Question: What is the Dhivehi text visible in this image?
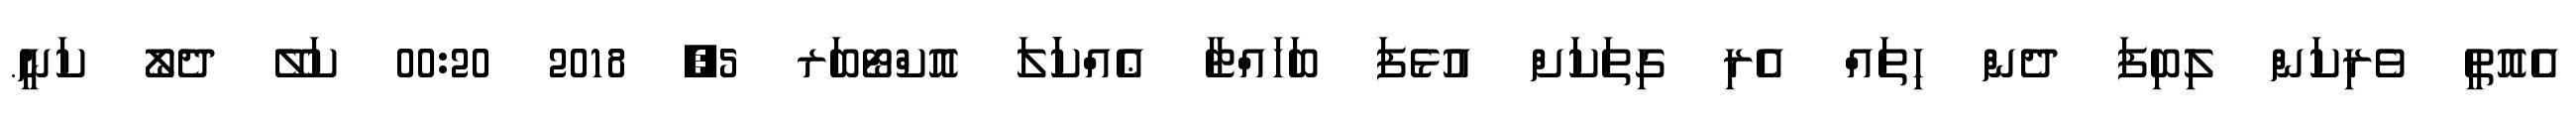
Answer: އެއޮތީ ވެރިކަން ލިބިފަ ދެން ހިތައް އެރި ގިތަކަށް އުޅެފަ ބަހައްޓާ ޢެއްކަަލަ އޮކްޓޯބަރ 5, 2018 00:20 ކަލޭ ދެލޯ ކަނީ.